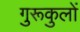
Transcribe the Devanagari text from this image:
गुरूकुलों